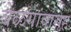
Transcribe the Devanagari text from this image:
बेळगांवासह